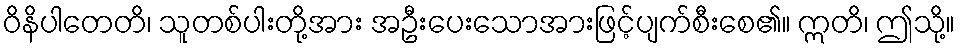
ဝိနိပါတေတိ၊ သူတစ်ပါးတို့အား အဦးပေးသောအားဖြင့်ပျက်စီးစေ၏။ ဣတိ၊ ဤသို့။